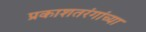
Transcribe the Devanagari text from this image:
प्रकाशतरंगांच्या